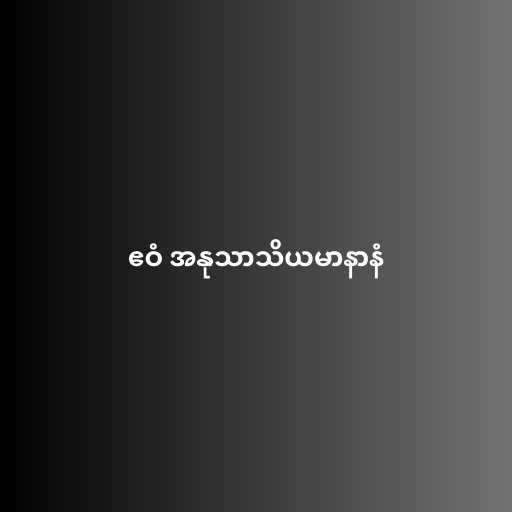
ဧဝံ အနုသာသိယမာနာနံ